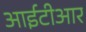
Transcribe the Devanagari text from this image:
आईटीआर